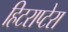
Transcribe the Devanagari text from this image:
हिटराप्टेरा